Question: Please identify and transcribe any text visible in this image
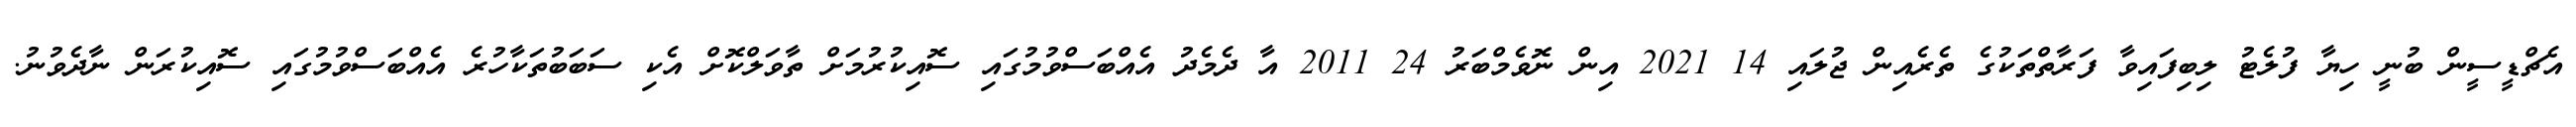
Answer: އެޗްޑީސީން ބުނީ ހިޔާ ފުލެޓު ލިބިފައިވާ ފަރާތްތަކުގެ ތެރެއިން ޖުލައި 14 2021 އިން ނޮވެމްބަރު 24 2011 އާ ދެމެދު އެއްބަސްވުމުގައި ސޮއިކުރުމަށް ތާވަލްކޮށް އެކި ސަބަބުތަކާހުރެ އެއްބަސްވުމުގައި ސޮއިކުރަން ނާދެވުނު.